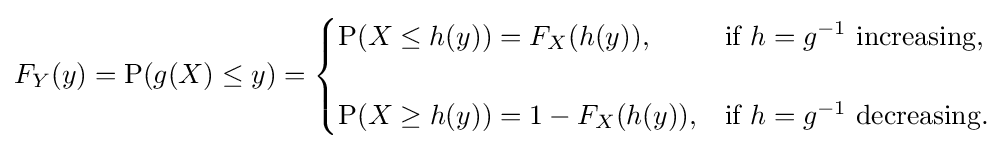
F_{Y}(y)=\operatorname {P} (g(X)\leq y)={\begin{cases}\operatorname {P} (X\leq h(y))=F_{X}(h(y)),&{\text{if }}h=g^{-1}{\text{ increasing}},\\\\\operatorname {P} (X\geq h(y))=1-F_{X}(h(y)),&{\text{if }}h=g^{-1}{\text{ decreasing}}.\end{cases}}